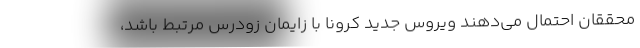
محققان احتمال می‌دهند ویروس جدید کرونا با زایمان زودرس مرتبط باشد،